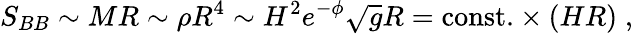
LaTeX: S_{BB}\sim MR\sim\rho R^{4}\sim H^{2}e^{-\phi}\sqrt{g}R=\mathrm{const.}\times(HR)\; ,